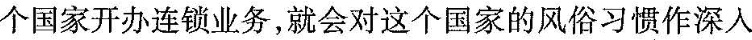
个国家开办连锁业务，就会对这个国家的风俗习惯作深入